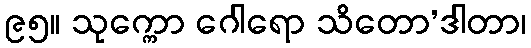
၉၅။ သုက္ကော ဂေါရော သိတော’ဒါတာ၊